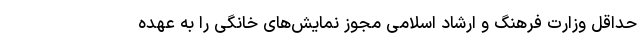
حداقل وزارت فرهنگ و ارشاد اسلامی مجوز نمایش‌های خانگی را به عهده